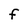
Character: F